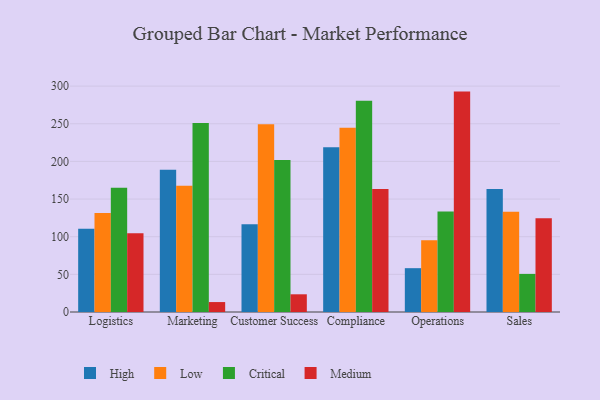
{"axis": {"x": "Department", "y": "Operating Costs (USD K)"}, "legend": ["Critical", "High", "Low", "Medium"], "data": [{"x": "Logistics", "y": 110.5, "type": "High"}, {"x": "Logistics", "y": 131.4, "type": "Low"}, {"x": "Logistics", "y": 164.9, "type": "Critical"}, {"x": "Logistics", "y": 104.7, "type": "Medium"}, {"x": "Marketing", "y": 188.9, "type": "High"}, {"x": "Marketing", "y": 167.8, "type": "Low"}, {"x": "Marketing", "y": 251.1, "type": "Critical"}, {"x": "Marketing", "y": 13.2, "type": "Medium"}, {"x": "Customer Success", "y": 116.5, "type": "High"}, {"x": "Customer Success", "y": 249.5, "type": "Low"}, {"x": "Customer Success", "y": 201.9, "type": "Critical"}, {"x": "Customer Success", "y": 23.5, "type": "Medium"}, {"x": "Compliance", "y": 218.7, "type": "High"}, {"x": "Compliance", "y": 244.7, "type": "Low"}, {"x": "Compliance", "y": 280.6, "type": "Critical"}, {"x": "Compliance", "y": 163.2, "type": "Medium"}, {"x": "Operations", "y": 58.2, "type": "High"}, {"x": "Operations", "y": 95.4, "type": "Low"}, {"x": "Operations", "y": 133.4, "type": "Critical"}, {"x": "Operations", "y": 292.7, "type": "Medium"}, {"x": "Sales", "y": 163.3, "type": "High"}, {"x": "Sales", "y": 133.0, "type": "Low"}, {"x": "Sales", "y": 50.6, "type": "Critical"}, {"x": "Sales", "y": 124.6, "type": "Medium"}]}